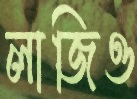
লাজিও